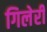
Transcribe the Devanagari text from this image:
गिलेरी